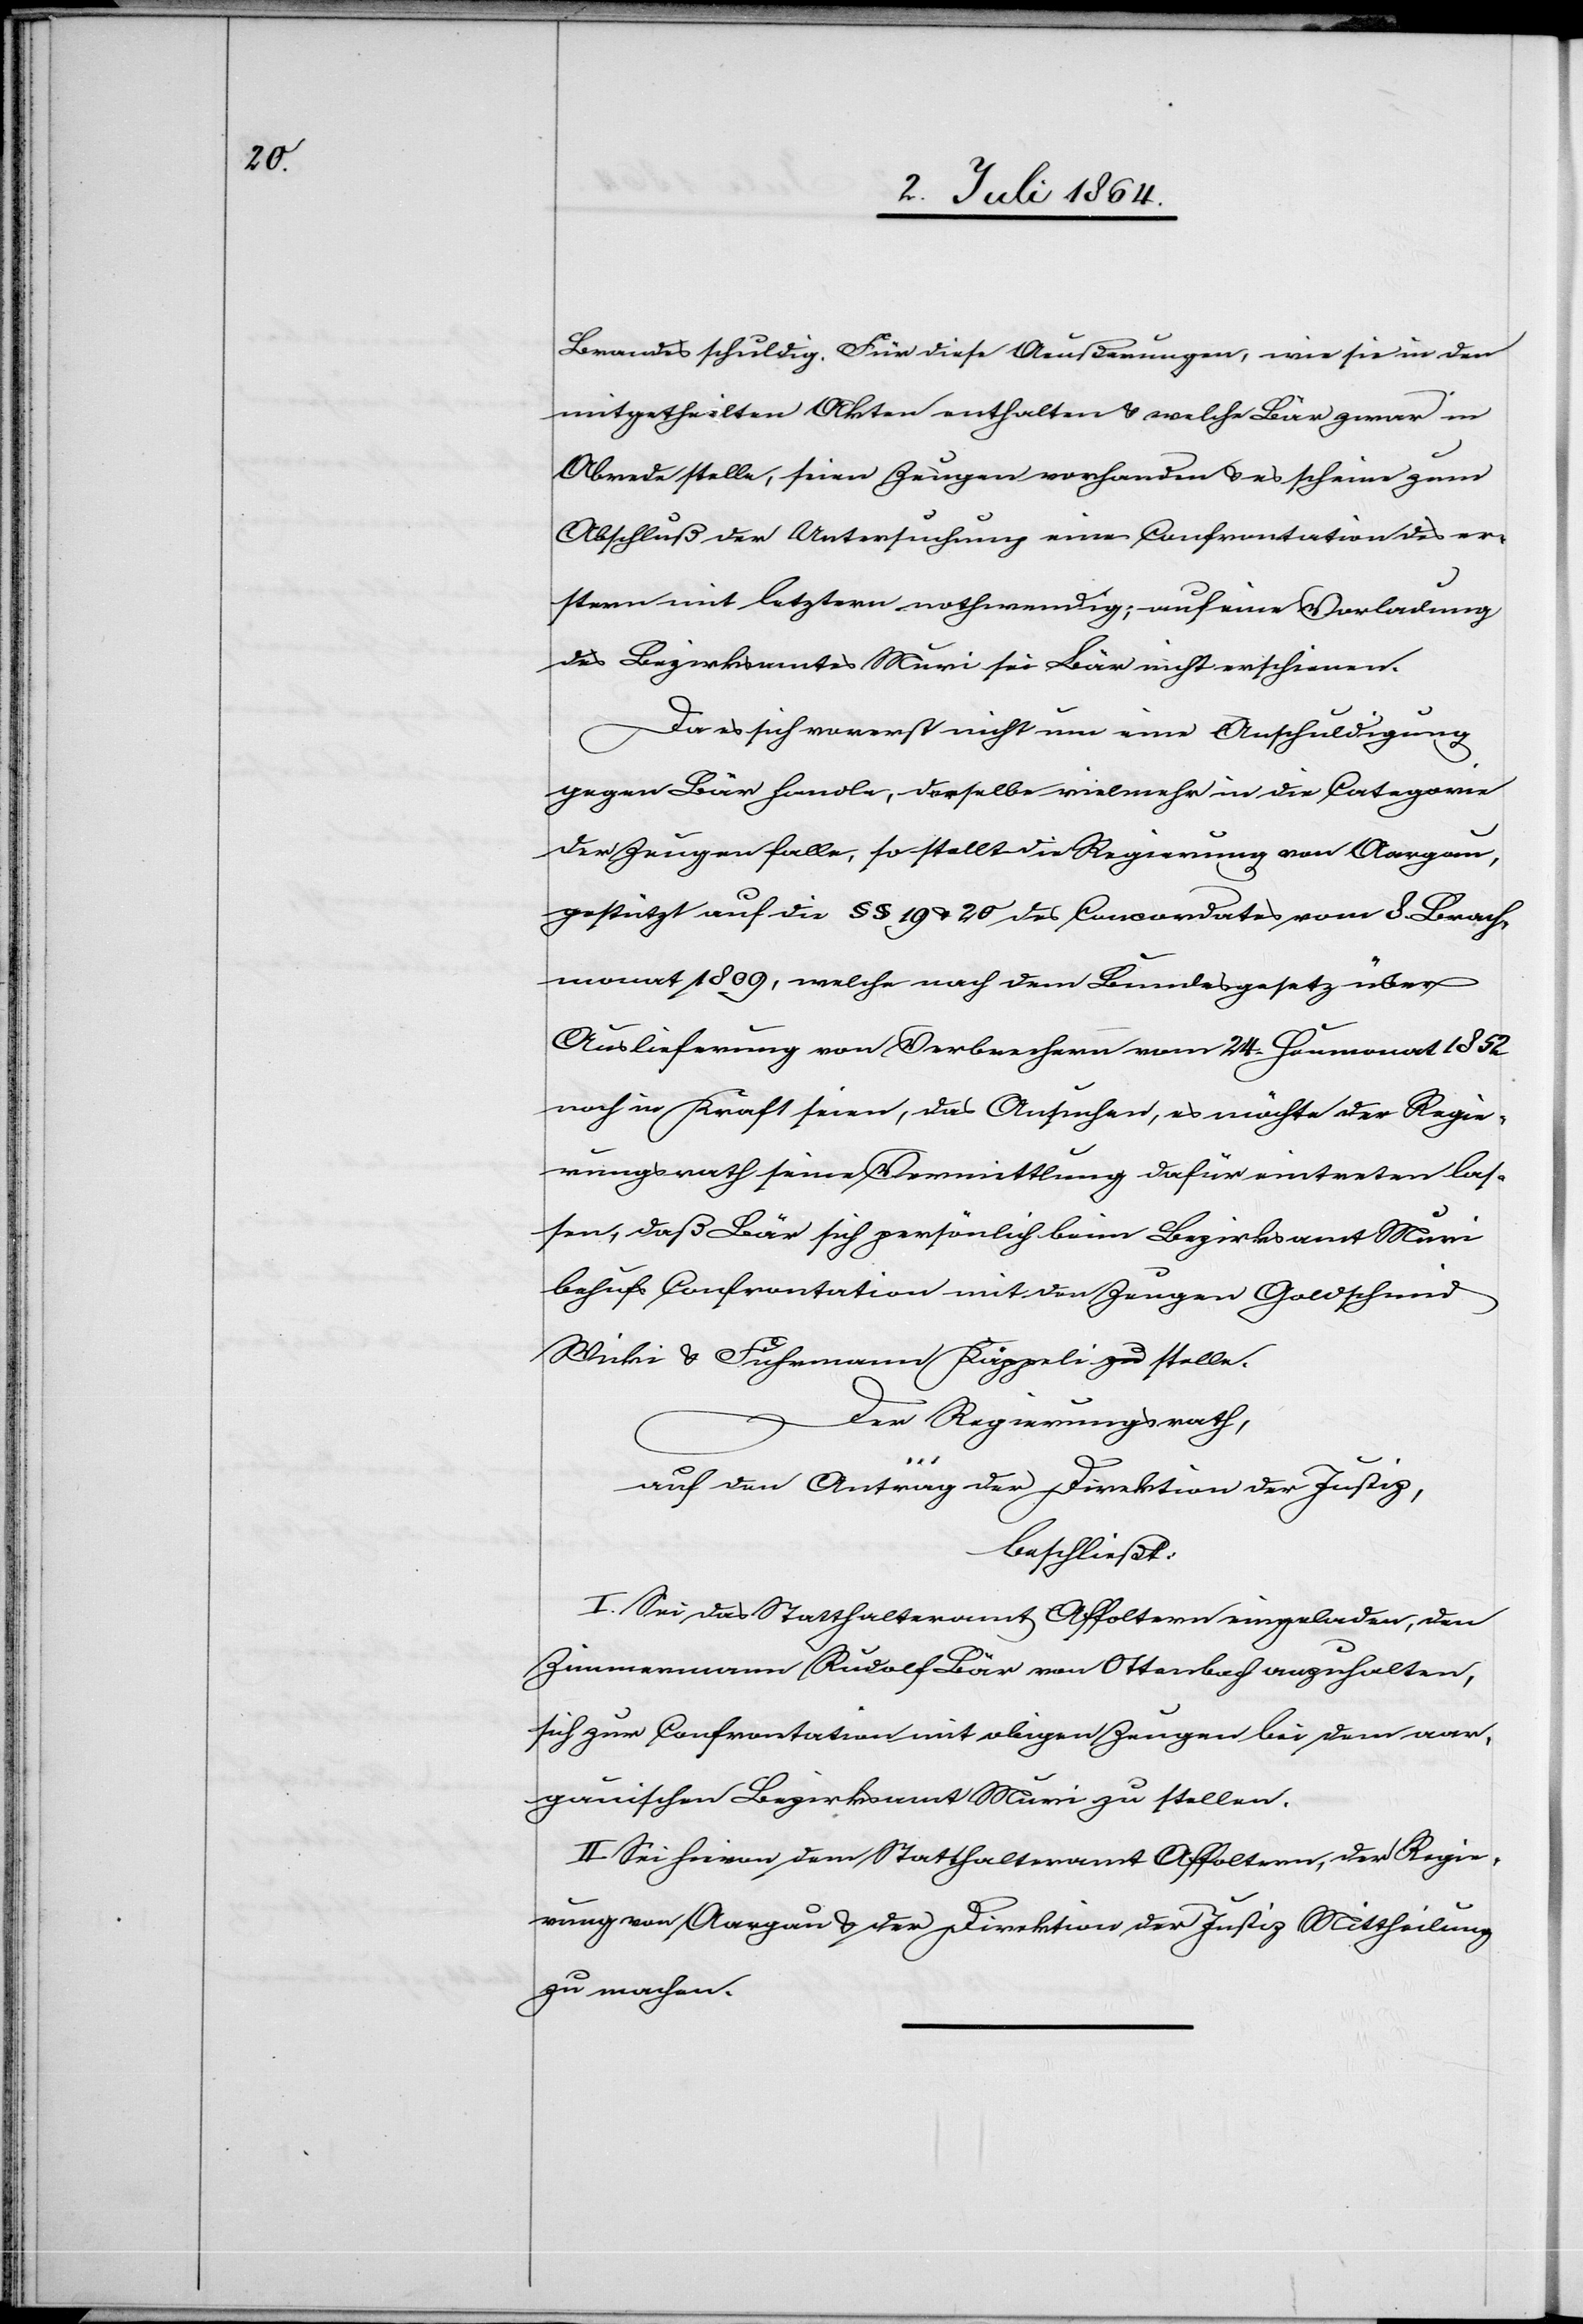
Brandes schuldig. Für diese Aeußerungen, wie sie in den
mitgetheilten Akten enthalten u. welche Bär zwar in
Abrede stelle, seien Zeugen vorhanden u. es scheine zum
Abschluß der Untersuchung eine Confrontation des er¬
stern mit letztern nothwendig; auf eine Vorladung
des Bezirksamtes Muri sei Bär nicht erschienen.
Da es sich vorerst nicht um eine Anschuldigung
gegen Bär handle, derselbe vielmehr in die Categorie
der Zeugen falle, so stellt die Regierung von Aargau
gestützt auf die §§ 19 u. 20 des Concordates vom 8. Brach¬
monat 1809, welche nach dem Bundesgesetz über
Auslieferung von Verbrechern vom 24. Heumonat 1852
noch in Kraft seien, das Ansuchen, es möchte der Regie¬
rungsrath seine Vermittlung dafür eintreten las¬
sen, daß Bär sich persönlich beim Bezirksamt Muri
behufs Confrontation mit den Zeugen Goldschmid
Wicki u. Fuhrmann Käppeli stelle.
Der Regierungsrath,
auf den Antrag der Direktion der Justiz,
beschließt:
I. Sei das Statthalteramt Affoltern eingeladen, den
Zimmermann Rudolf Bär von Ottenbach anzuhalten,
sich zur Confrontation mit obigen Zeugen bei dem aar¬
gauischen Bezirksamt Muri zu stellen.
II. Sei hievon dem Statthalteramt Affoltern, der Regie¬
rung von Aargau u. der Direktion der Justiz Mittheilung
zu machen.